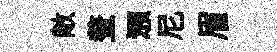
敞鳌澦尼眉